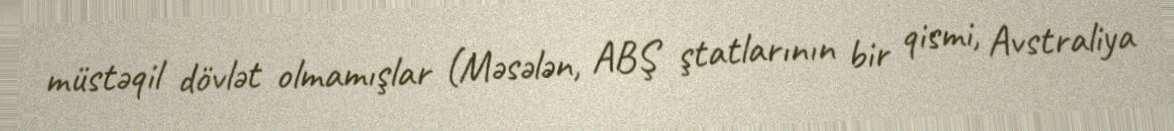
müstəqil dövlət olmamışlar (Məsələn, ABŞ ştatlarının bir qismi, Avstraliya